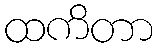
ထကိတာ